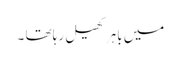
میں باہر کھیل رہا تھا ۔